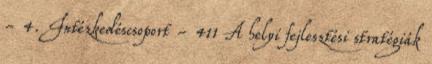
- 4. Intézkedéscsoport - 411 A helyi fejlesztési stratégiák